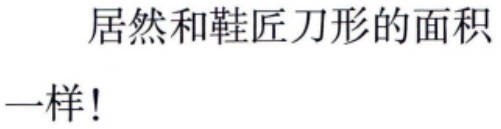
居然和鞋匠刀形的面积
一样!